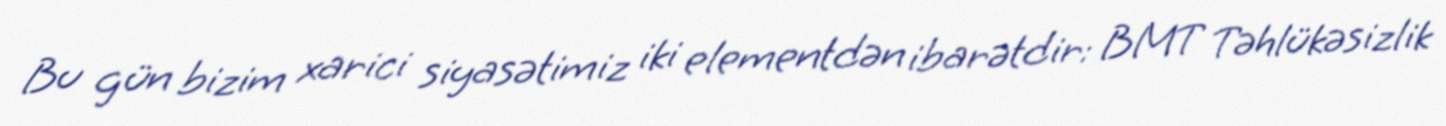
Bu gün bizim xarici siyasətimiz iki elementdən ibarətdir: BMT Təhlükəsizlik